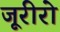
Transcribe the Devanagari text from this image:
जूरीरो